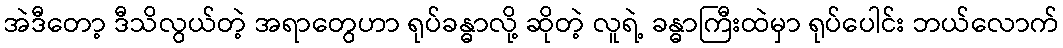
အဲဒီတော့ ဒီသိလွယ်တဲ့ အရာတွေဟာ ရုပ်ခန္ဓာလို့ ဆိုတဲ့ လူရဲ့ ခန္ဓာကြီးထဲမှာ ရုပ်ပေါင်း ဘယ်လောက်